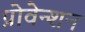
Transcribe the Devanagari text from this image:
प्रोवेन्शन